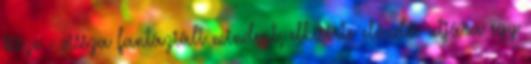
össze - vissza fantáziált mindent, elkísérte elõadói utjára egy